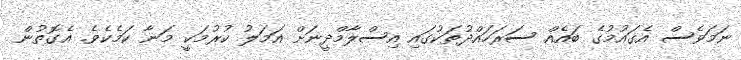
ނަމަވެސް އެގައުމުގެ ބައެއް ސަރަހައްދުތަކުގައި އިސްލާމްދީނަށް އަމަލު ކުރުމަކީ މަނާ ކަމެކެވެ. އެގޮތުން